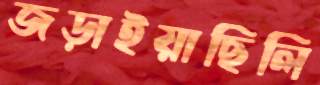
জড়াইয়াছিলি